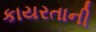
કાયરતાની